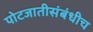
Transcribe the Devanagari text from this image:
पोटजातीसंबंधीच